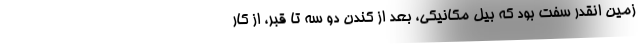
زمين انقدر سفت بود كه بيل مكانيكي، بعد از كندن دو سه تا قبر، از كار